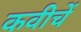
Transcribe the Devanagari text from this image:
कवीचें